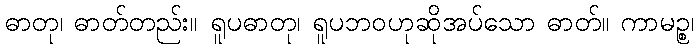
ဓာတု၊ ဓာတ်တည်း။ ရူပဓာတု၊ ရူပဘဝဟုဆိုအပ်သော ဓာတ်။ ကာမဉ္စ၊